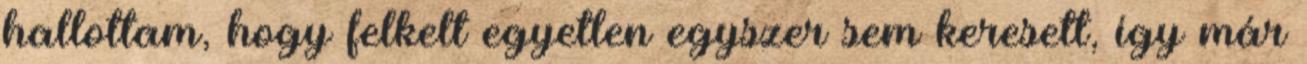
hallottam, hogy felkelt egyetlen egyszer sem keresett, így már